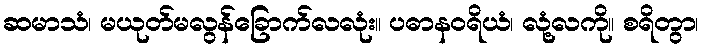
ဆမာသံ၊ မယုတ်မလွန်ခြောက်လလုံး။ ပဓာနဝရိယံ၊ လုံ့လကို။ စရိတွာ၊